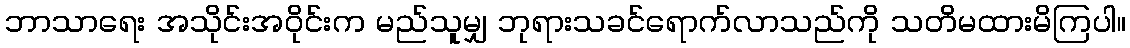
ဘာသာရေး အသိုင်းအဝိုင်းက မည်သူမျှ ဘုရားသခင်ရောက်လာသည်ကို သတိမထားမိကြပါ။